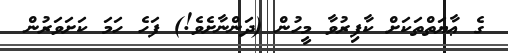
ގެ ޢާޔަތްތަކަށް ކާފިރުވާ މީހުން (ދަންނާށެވެ!) ފަހެ ހަމަ ކަށަވަރުން